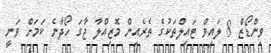
ވިންޑޯޒް 8 ލައިވް ޓައިލްތަކުގެ ތެރެއިން މޮޒިއްލާ ޖާގަ ހޯދާނެ ކަމަށް ވަނީ